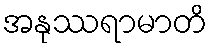
အနုဿရာမာတိ